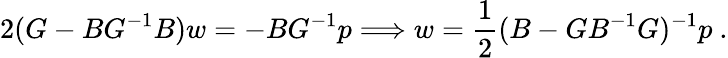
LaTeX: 2(G-BG^{-1}B)w=-BG^{-1}p\Longrightarrow w=\frac{1}{2}(B-GB^{-1}G)^{-1}p\ .